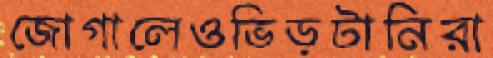
জোগালেওভিড়টানিরা